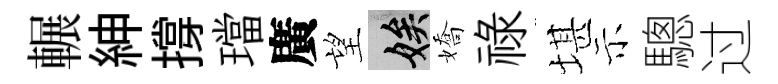
輾紳撐璫廣望娭嬌祿堪示驄过